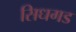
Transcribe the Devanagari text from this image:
सिधगड